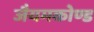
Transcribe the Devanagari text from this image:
जैयमकोण्ड